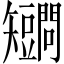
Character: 𥐔